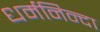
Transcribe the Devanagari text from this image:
धर्मनिन्दा